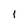
Character: I